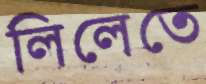
লিলেতে